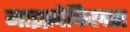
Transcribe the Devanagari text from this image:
माइक्रोफिलस